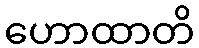
ဟောထာတိ